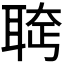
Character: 𫆄